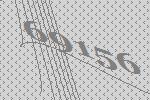
69156